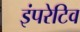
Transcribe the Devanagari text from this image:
इंपरेटिव